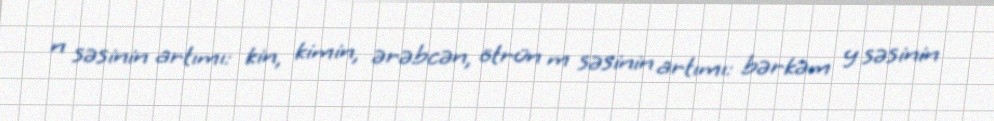
n səsinin artımı: kin, kimin, ərəbcən, ötrün m səsinin artımı: bərkəm y səsinin